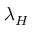
\lambda _ { H }